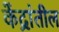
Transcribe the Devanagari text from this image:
केंद्रांतील